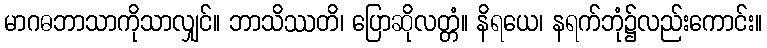
မာဂဓဘာသာကိုသာလျှင်။ ဘာသိဿတိ၊ ပြောဆိုလတ္တံ။ နိရယေ၊ နရက်ဘုံ၌လည်းကောင်း။